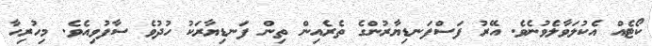
ކޯޓެއް އެކުލަވާލެވުނެވެ. އޭރު ފަސްފަނޑިޔާރުންގެ ތެރެއިން ތިން ފަނޑިޔާރަކު ހުދުވެ ސާފުވިއެވެ. މިހުރިހާ